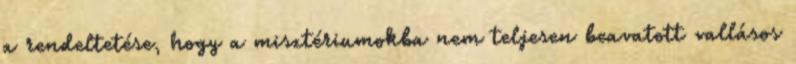
a rendeltetése, hogy a misztériumokba nem teljesen beavatott vallásos